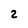
Character: 2